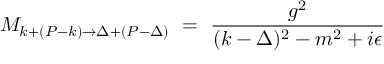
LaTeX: { \cal M } _ { k + ( P - k ) \to \Delta + ( P - \Delta ) } \ = \ { \frac { g ^ { 2 } } { ( k - \Delta ) ^ { 2 } - m ^ { 2 } + i \epsilon } } \,